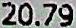
20.79